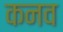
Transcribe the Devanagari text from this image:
कनव